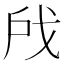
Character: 𫼉